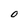
Character: 0